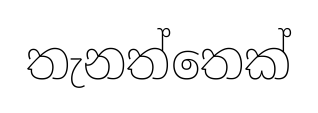
තැනත්තෙක්